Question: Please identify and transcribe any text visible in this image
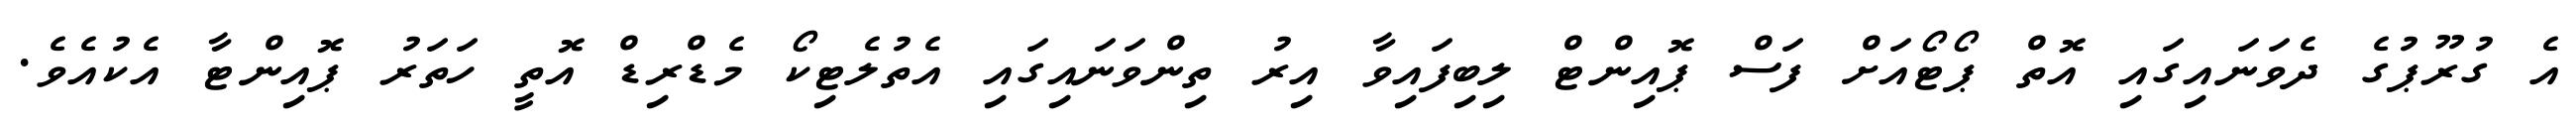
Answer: އެ ގުރޫޕުގެ ދެވަނައިގައި އޮތް ޕޯޓޯއަށް ފަސް ޕޮއިންޓް ލިބިފައިވާ އިރު ތިންވަނައިގައި އެތުލެޓިކޯ މެޑްރިޑް އޮތީ ހަތަރު ޕޮއިންޓާ އެކުއެވެ.